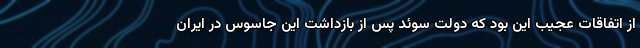
از اتفاقات عجیب این بود که دولت سوئد پس از بازداشت این جاسوس در ایران